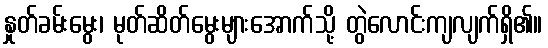
နှုတ်ခမ်းမွေး၊ မုတ်ဆိတ်မွေးများအောက်သို့ တွဲလောင်းကျလျက်ရှိ၏။